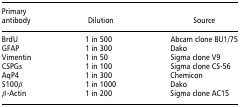
<table><thead><tr><td><b>Primary antibody</b></td><td><b>Dilution</b></td><td><b>Source</b></td></tr></thead><tbody><tr><td>BrdU</td><td>1 in 500</td><td>Abcam clone BU1/75</td></tr><tr><td>GFAP</td><td>1 in 300</td><td>Dako</td></tr><tr><td>Vimentin</td><td>1 in 50</td><td>Sigma clone V9</td></tr><tr><td>CSPGs</td><td>1 in 100</td><td>Sigma clone CS-56</td></tr><tr><td>AqP4</td><td>1 in 300</td><td>Chemicon</td></tr><tr><td>S100β</td><td>1 in 1000</td><td>Dako</td></tr><tr><td>β-Actin</td><td>1 in 200</td><td>Sigma clone AC15</td></tr></tbody></table>